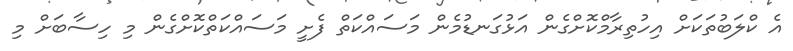
އެ ކްލަބުތަކަށް އިހުތިރާމްކޮށްގެން އަޅުގަނޑުމެން މަސައްކަތް ފެށީ މަސައްކަތްކޮށްގެން މި ހިސާބަށް މި